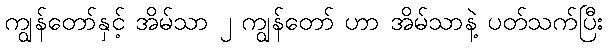
ကျွန်တော်နှင့် အိမ်သာ ၂ ကျွန်တော် ဟာ အိမ်သာနဲ့ ပတ်သက်ပြီး